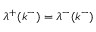
\lambda ^ { + } ( k ^ { - } ) = \lambda ^ { - } ( k ^ { - } )